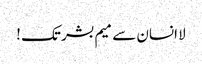
لا انسان سے میم بشر تک !